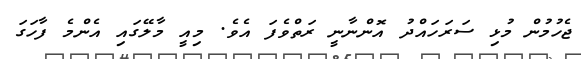
ޖެހުމުން މުޅި ސަރަހައްދު އޮންނާނީ ރަތްވެފަ އެވެ. މިއީ މާލޭގައި އެންމެ ފާހަގަ